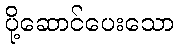
ပို့ဆောင်ပေးသော